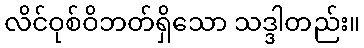
လိင်ဝုစ်ဝိဘတ်ရှိသော သဒ္ဒါတည်း။